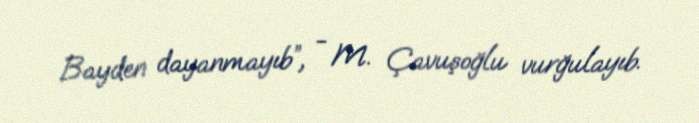
Bayden dayanmayıb”, - M. Çavuşoğlu vurğulayıb.